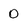
Character: 0